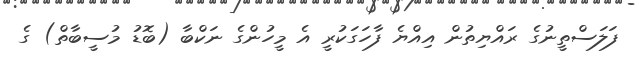
ފަލަސްތީނުގެ ރައްޔިތުން އިއްޔެ ފާހަގަކުރީ އެ މީހުންގެ ނަކްބާ (ބޮޑު މުސީބާތް) ގެ